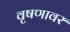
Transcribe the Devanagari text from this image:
वृषणावर